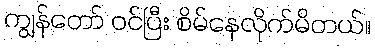
ကျွန်တော် ဝင်ပြီး စိမ်နေလိုက်မိတယ်။